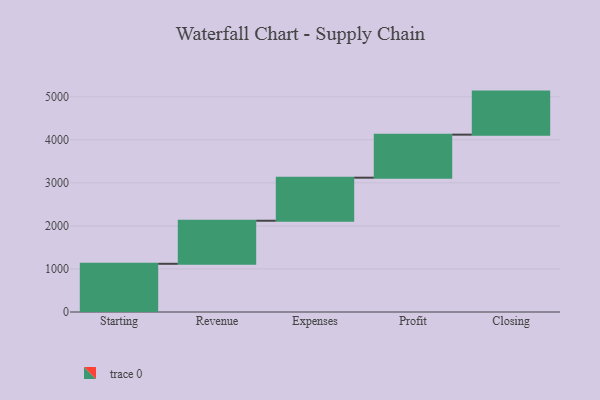
{"axis": {"x": "Step", "y": "Value"}, "legend": [""], "data": [{"x": "Starting", "y": 1120.0, "type": ""}, {"x": "Revenue", "y": 1000, "type": ""}, {"x": "Expenses", "y": 1000, "type": ""}, {"x": "Profit", "y": 1000, "type": ""}, {"x": "Closing", "y": 1000, "type": ""}]}